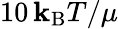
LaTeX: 10\, \mathbf{k}_{\mathrm{{B}}}T/\mu